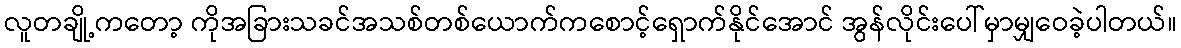
လူတချို့ကတော့ ကိုအခြားသခင်အသစ်တစ်ယောက်ကစောင့်ရှောက်နိုင်အောင် အွန်လိုင်းပေါ်မှာမျှဝေခဲ့ပါတယ်။